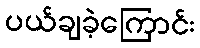
ပယ်ချခဲ့ကြောင်း